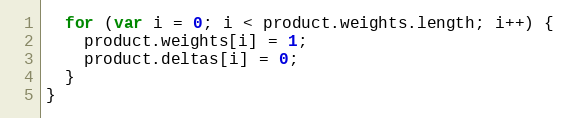
Language: JavaScript
  for (var i = 0; i < product.weights.length; i++) {
    product.weights[i] = 1;
    product.deltas[i] = 0;
  }
}